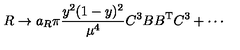
R \to a _ { R } \pi \frac { y ^ { 2 } ( 1 - y ) ^ { 2 } } { \mu ^ { 4 } } { C ^ { 3 } } B B ^ { \mathrm { T } } { C ^ { 3 } } + \cdots